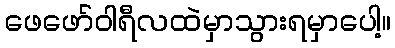
ဖေဖော်ဝါရီလထဲမှာသွားရမှာပေါ့။